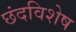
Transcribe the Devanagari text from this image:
छंदविशेष